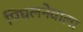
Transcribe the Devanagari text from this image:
पिघलनेवाला